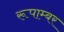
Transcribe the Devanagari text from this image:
रूपाम्बर